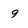
Character: 9